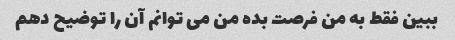
ببین فقط به من فرصت بده من می توانم آن را توضیح دهم